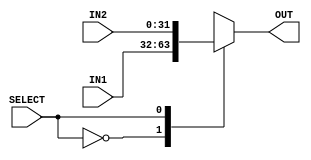
module MULTIPLEXER_2_TO_1 #(
        parameter BUS_WIDTH     = 32       
    ) (
        input   [BUS_WIDTH - 1 : 0] IN1     ,
        input   [BUS_WIDTH - 1 : 0] IN2     ,
        input                       SELECT  ,
        output  [BUS_WIDTH - 1 : 0] OUT     
    );
    
    reg [BUS_WIDTH - 1 : 0] out_reg;
        
    always@(*)
    begin
        case(SELECT)
            1'b0:
            begin
                out_reg = IN1;
            end
            1'b1:
            begin
                out_reg = IN2;
            end
        endcase
    end 
    
    assign OUT = out_reg;
    
endmodule